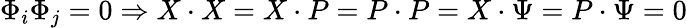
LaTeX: \Phi_{i}\Phi_{j}=0\Rightarrow X\cdot X=X\cdot P=P\cdot P=X\cdot\Psi=P\cdot\Psi=0